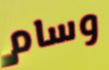
وسام